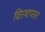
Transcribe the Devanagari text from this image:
विस्थापरत